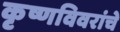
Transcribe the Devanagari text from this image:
कृष्णविवरांचे